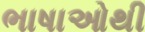
ભાષાઓથી